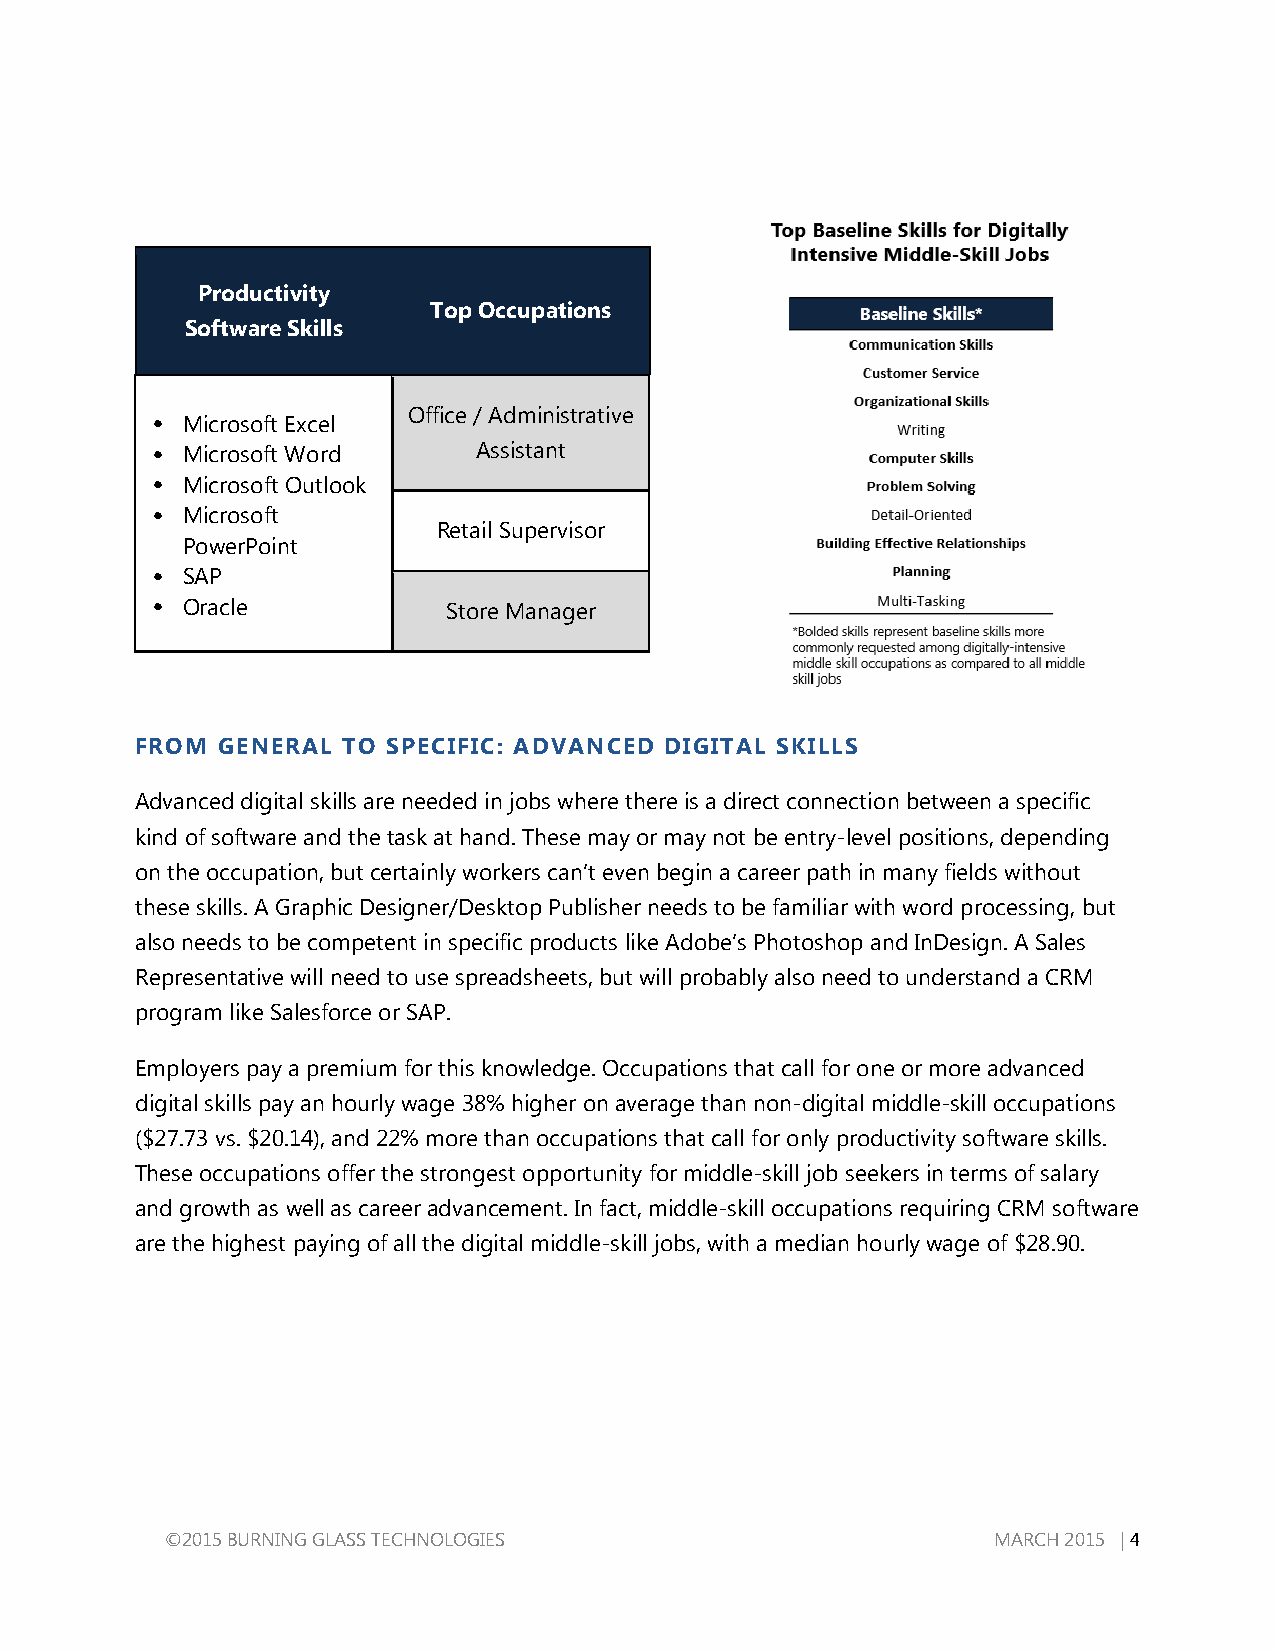
Productivity
 Top Occupations
 Software Skills
 Office / Administrative
 • Microsoft Excel
 • Microsoft Word      Assistant
 • Microsoft Outlook
 • Microsoft
 Retail Supervisor
 PowerPoint
 • SAP
 • Oracle            Store Manager
 FROM GENERAL  TO SPECIFIC: ADVANCED DIGITAL SKILLS
 Advanced digital skills are needed in jobs where there is a direct connection between a specific
 kind of software and the task at hand. These may or may not be entry-level positions, depending
 on the occupation, but certainly workers can’t even begin a career path in many fields without
 these skills. A Graphic Designer/Desktop Publisher needs to be familiar with word processing, but
 also needs to be competent in specific products like Adobe’s Photoshop and InDesign. A Sales
 Representative will need to use spreadsheets, but will probably also need to understand a CRM
 program like Salesforce or SAP.
 Employers pay a premium for this knowledge. Occupations that call for one or more advanced
 digital skills pay an hourly wage 38% higher on average than non-digital middle-skill occupations
 ($27.73 vs. $20.14), and 22% more than occupations that call for only productivity software skills.
 These occupations offer the strongest opportunity for middle-skill job seekers in terms of salary
 and growth as well as career advancement. In fact, middle-skill occupations requiring CRM software
 are the highest paying of all the digital middle-skill jobs, with a median hourly wage of $28.90.
 ©2015 BURNING GLASS TECHNOLOGIES                       MARCH 2015 | 4